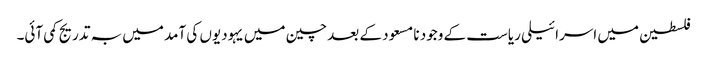
فلسطین میں اسرائیلی ریاست کے وجود نا مسعود کے بعد چین میں یہودیوں کی آمد میں بہ تدریج کمی آئی۔